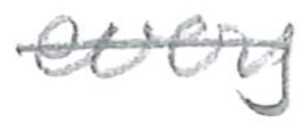
Text: every
Cross-out: single-line
Writing tool: pencil